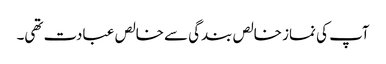
آپ کی نماز خالص بندگی سے خالص عبادت تھی۔